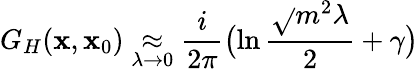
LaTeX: G_{H}(\mathbf{x},\mathbf{x}_{0})\mathrel{\mathop{\approx}_{\lambda\rightarrow0}}{\frac{{i}}{{2\pi}}}\bigl(\ln{\frac{{\sqrt{}{{m^{2}\lambda}}}}{{2}}}+\gamma\bigr)